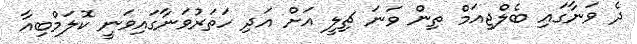
ދެ ވަނާގައި ބެލްޖިއަމް ތިން ވަނަ ޗިލީ އަށް އަދި ހަތަރުވަނާގައިވަނީ ކޮލަމްބިއާ